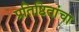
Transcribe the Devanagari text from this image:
प्रतिष्ठितांचा